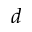
d